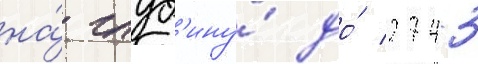
на́ глуб'ину́ до́ 2743